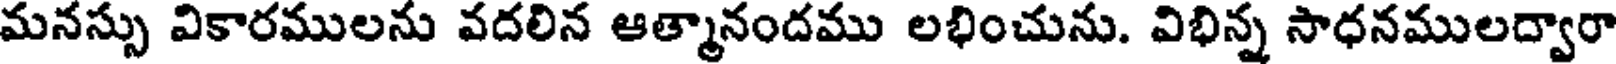
మనస్సు వికారములను వదలిన ఆత్మానందము లభించును. విభిన్న సాధనములద్వారా